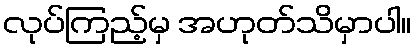
လုပ်ကြည့်မှ အဟုတ်သိမှာပါ။